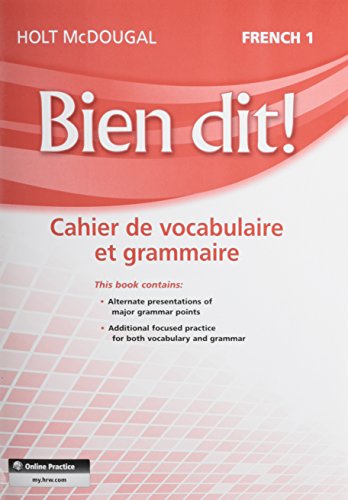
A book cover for Bien dit!: Vocabulary and Grammar Workbook Student Edition Level 1A/1B/1 (French Edition); HOLT MCDOUGAL; Teen & Young Adult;